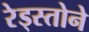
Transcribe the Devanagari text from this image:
रेड्स्तोने